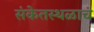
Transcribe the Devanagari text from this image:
संकेतस्थळाचं